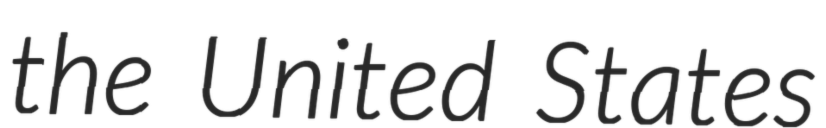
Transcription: the United States